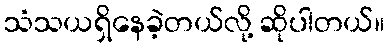
သံသယရှိနေခဲ့တယ်လို့ ဆိုပါတယ်။